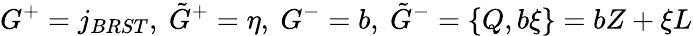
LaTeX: G^{+}=j_{BRST},~\tilde{G}^{+}=\eta,~G^{-}=b,~\tilde{G}^{-}=\{ Q,b\xi\} =bZ+\xi L